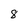
Character: 8